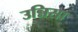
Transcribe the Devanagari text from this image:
उन्निसा